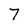
Character: 7